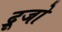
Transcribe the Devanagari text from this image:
द्रूजो